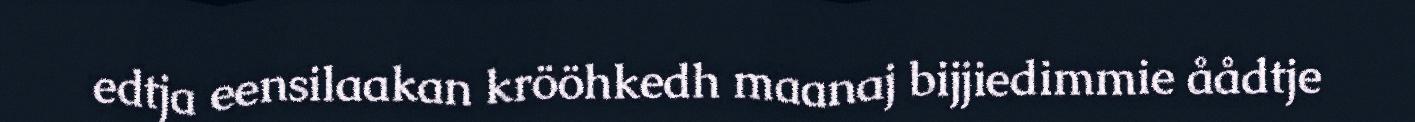
edtja eensilaakan krööhkedh maanaj bijjiedimmie åådtje